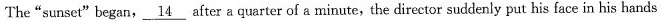
The"sunset"began, \underline{14} after a quarter of a minute, the director suddenly put his face in his hands